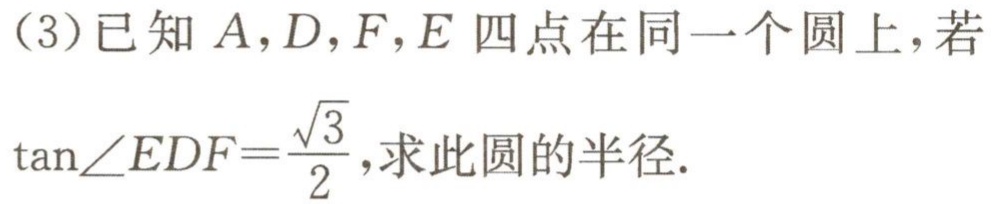
（3）已知 \(A,D,F,E\) 四点在同一个圆上，若\(\tan\angle EDF = \frac{\sqrt{3}}{2}\)，求此圆的半径.